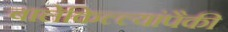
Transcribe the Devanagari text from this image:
बालेकिल्ल्यांपैकी